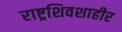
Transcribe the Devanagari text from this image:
राष्ट्रशिवशाहीर